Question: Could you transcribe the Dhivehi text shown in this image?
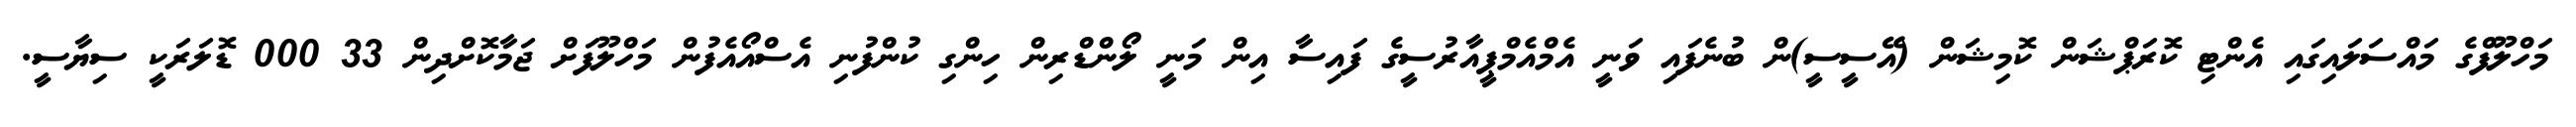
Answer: މަހްލޫފްގެ މައްސަލައިގައި އެންޓި ކޮރަޕްޝަން ކޮމިޝަން (އޭސީސީ)ން ބުނެފައި ވަނީ އެމްއެމްޕީއާރުސީގެ ފައިސާ އިން މަނީ ލޯންޑްރިން ހިންގި ކުންފުނި އެސްއޯއެފުން މަހްލޫފަށް ޖަމާކޮށްދިން 33 000 ޑޮލަރަކީ ސިޔާސީ.